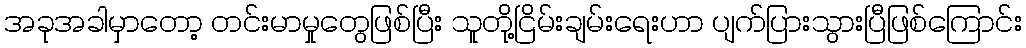
အခုအခါမှာတော့ တင်းမာမှုတွေဖြစ်ပြီး သူတို့ငြိမ်းချမ်းရေးဟာ ပျက်ပြားသွားပြီဖြစ်ကြောင်း